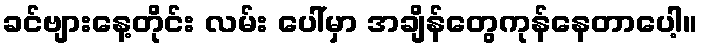
ခင်ဗျားနေ့တိုင်း လမ်း ပေါ်မှာ အချိန်တွေကုန်နေတာပေါ့။